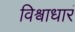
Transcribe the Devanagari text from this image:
विश्वाधारं